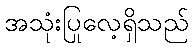
အသုံးပြုလေ့ရှိသည်